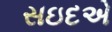
સઇદએ